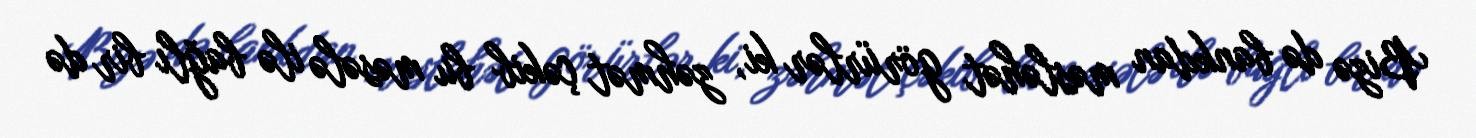
Bizə də bankdan məsləhət görürlər ki, zəhmət çəkib bu məsələ ilə bağlı bir də